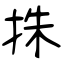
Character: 㧣